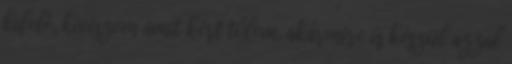
kifelé, kiviszem amit kért tőlem, akármire is készül azzal